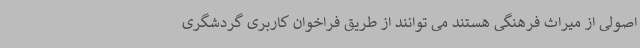
اصولی از میراث فرهنگی هستند می توانند از طریق فراخوان کاربری گردشگری